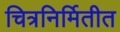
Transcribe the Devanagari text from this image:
चित्रनिर्मितीत